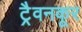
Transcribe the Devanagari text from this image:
ट्रैवनकूर